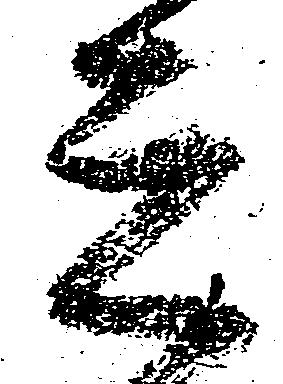
元